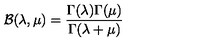
{ \cal B } ( \lambda , \mu ) = \frac { \Gamma ( \lambda ) \Gamma ( \mu ) } { \Gamma ( \lambda + \mu ) }